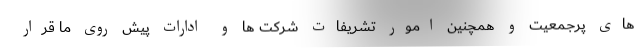
های پرجمعیت و همچنین امور تشریفات شرکت ها و ادارات پیش روی ما قرار